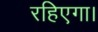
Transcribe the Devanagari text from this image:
रहिएगा।